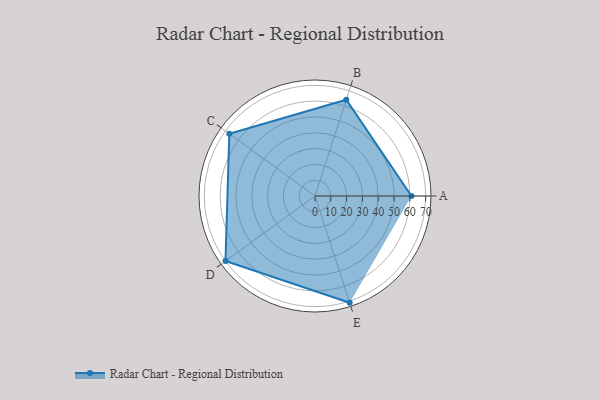
{"axis": {"x": "Skill", "y": "Score"}, "legend": ["Profile"], "data": [{"x": "A", "y": 61.0, "type": "Profile"}, {"x": "B", "y": 64.0, "type": "Profile"}, {"x": "C", "y": 67.0, "type": "Profile"}, {"x": "D", "y": 70.0, "type": "Profile"}, {"x": "E", "y": 71.0, "type": "Profile"}]}